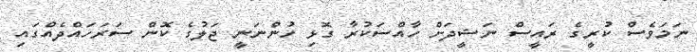
ނަމަވެސް ކުރީގެ ރައީސް ނަޝީދަށް ހާއްސަކުރާ ގޮޅި ހުންނަނީ ޖަލުގެ ކޮން ސަރަހައްްދެއްގައި